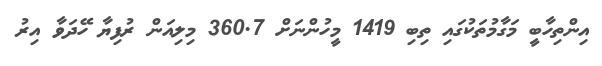
އިންތިހާބީ މަގާމުތަކުގައި ތިބި 1419 މީހުންނަށް 360.7 މިލިއަން ރުފިޔާ ހޭދަވާ އިރު